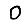
Digit: 0